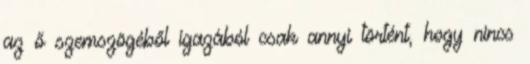
az ő szemszögéből igazából csak annyi történt, hogy nincs